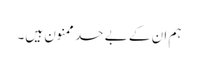
ہم ان کے بے حد ممنون ہیں۔